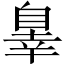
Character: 辠